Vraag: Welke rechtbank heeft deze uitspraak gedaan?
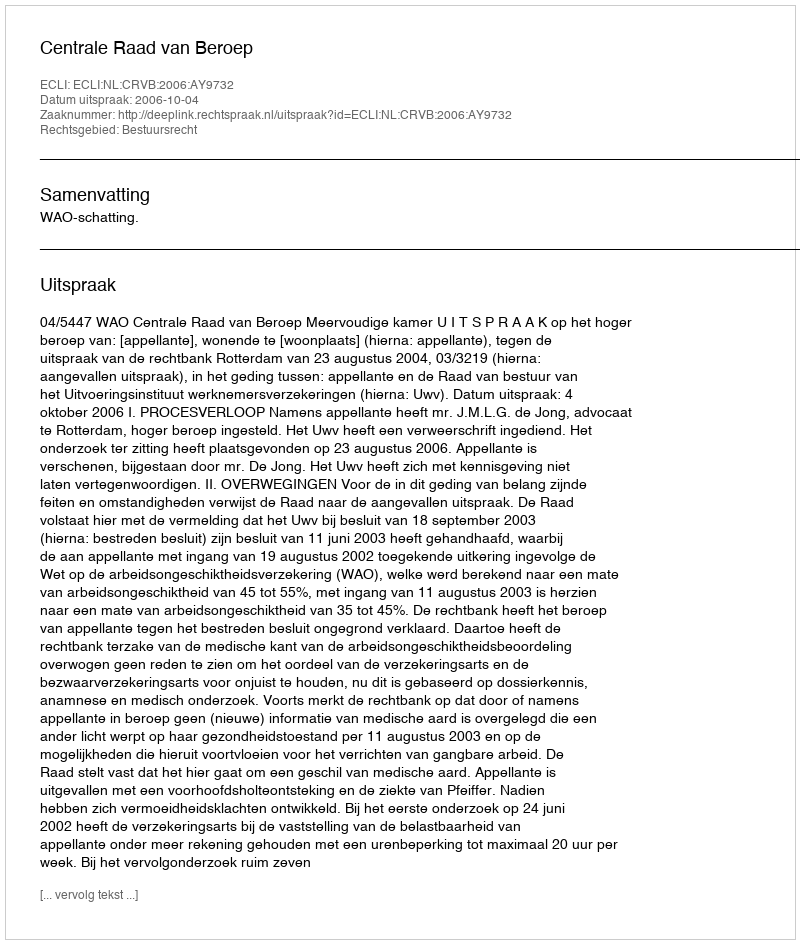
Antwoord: Centrale Raad van Beroep